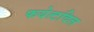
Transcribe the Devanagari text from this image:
फयेत्टविल